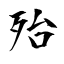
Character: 殆